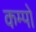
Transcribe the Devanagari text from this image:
कम्पो